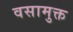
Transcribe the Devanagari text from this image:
वसामुक्त